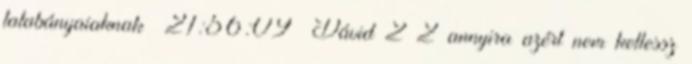
tatabányaiaknak 21:56:09 Dávid 2 2 annyira azért nem kellessz